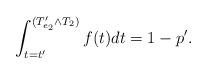
LaTeX: \begin{align*} \int_{t=t'}^{(T'_{e_2}\wedge T_2)}f(t)dt=1-p'. \end{align*}